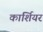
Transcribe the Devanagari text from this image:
कार्शियर